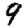
Digit: 9